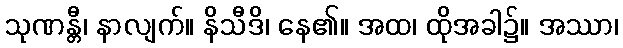
သုဏန္တီ၊ နာလျက်။ နိသီဒိ၊ နေ၏။ အထ၊ ထိုအခါ၌။ အဿာ၊